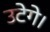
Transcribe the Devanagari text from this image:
उटेगे।